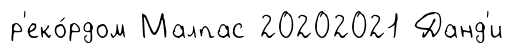
р'еко́рдом Малпас 20202021 Данд'и